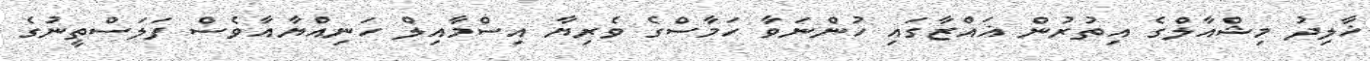
ޚާލިދު މިޝްއާލްގެ އިތުރުން ޣައްޒާގައި ހުންނަވާ ހަމާސްގެ ވެރިޔާ އިސްމާއިލް ހަނިއްޔާއާވެސް ފަލަސްތީނުގެ